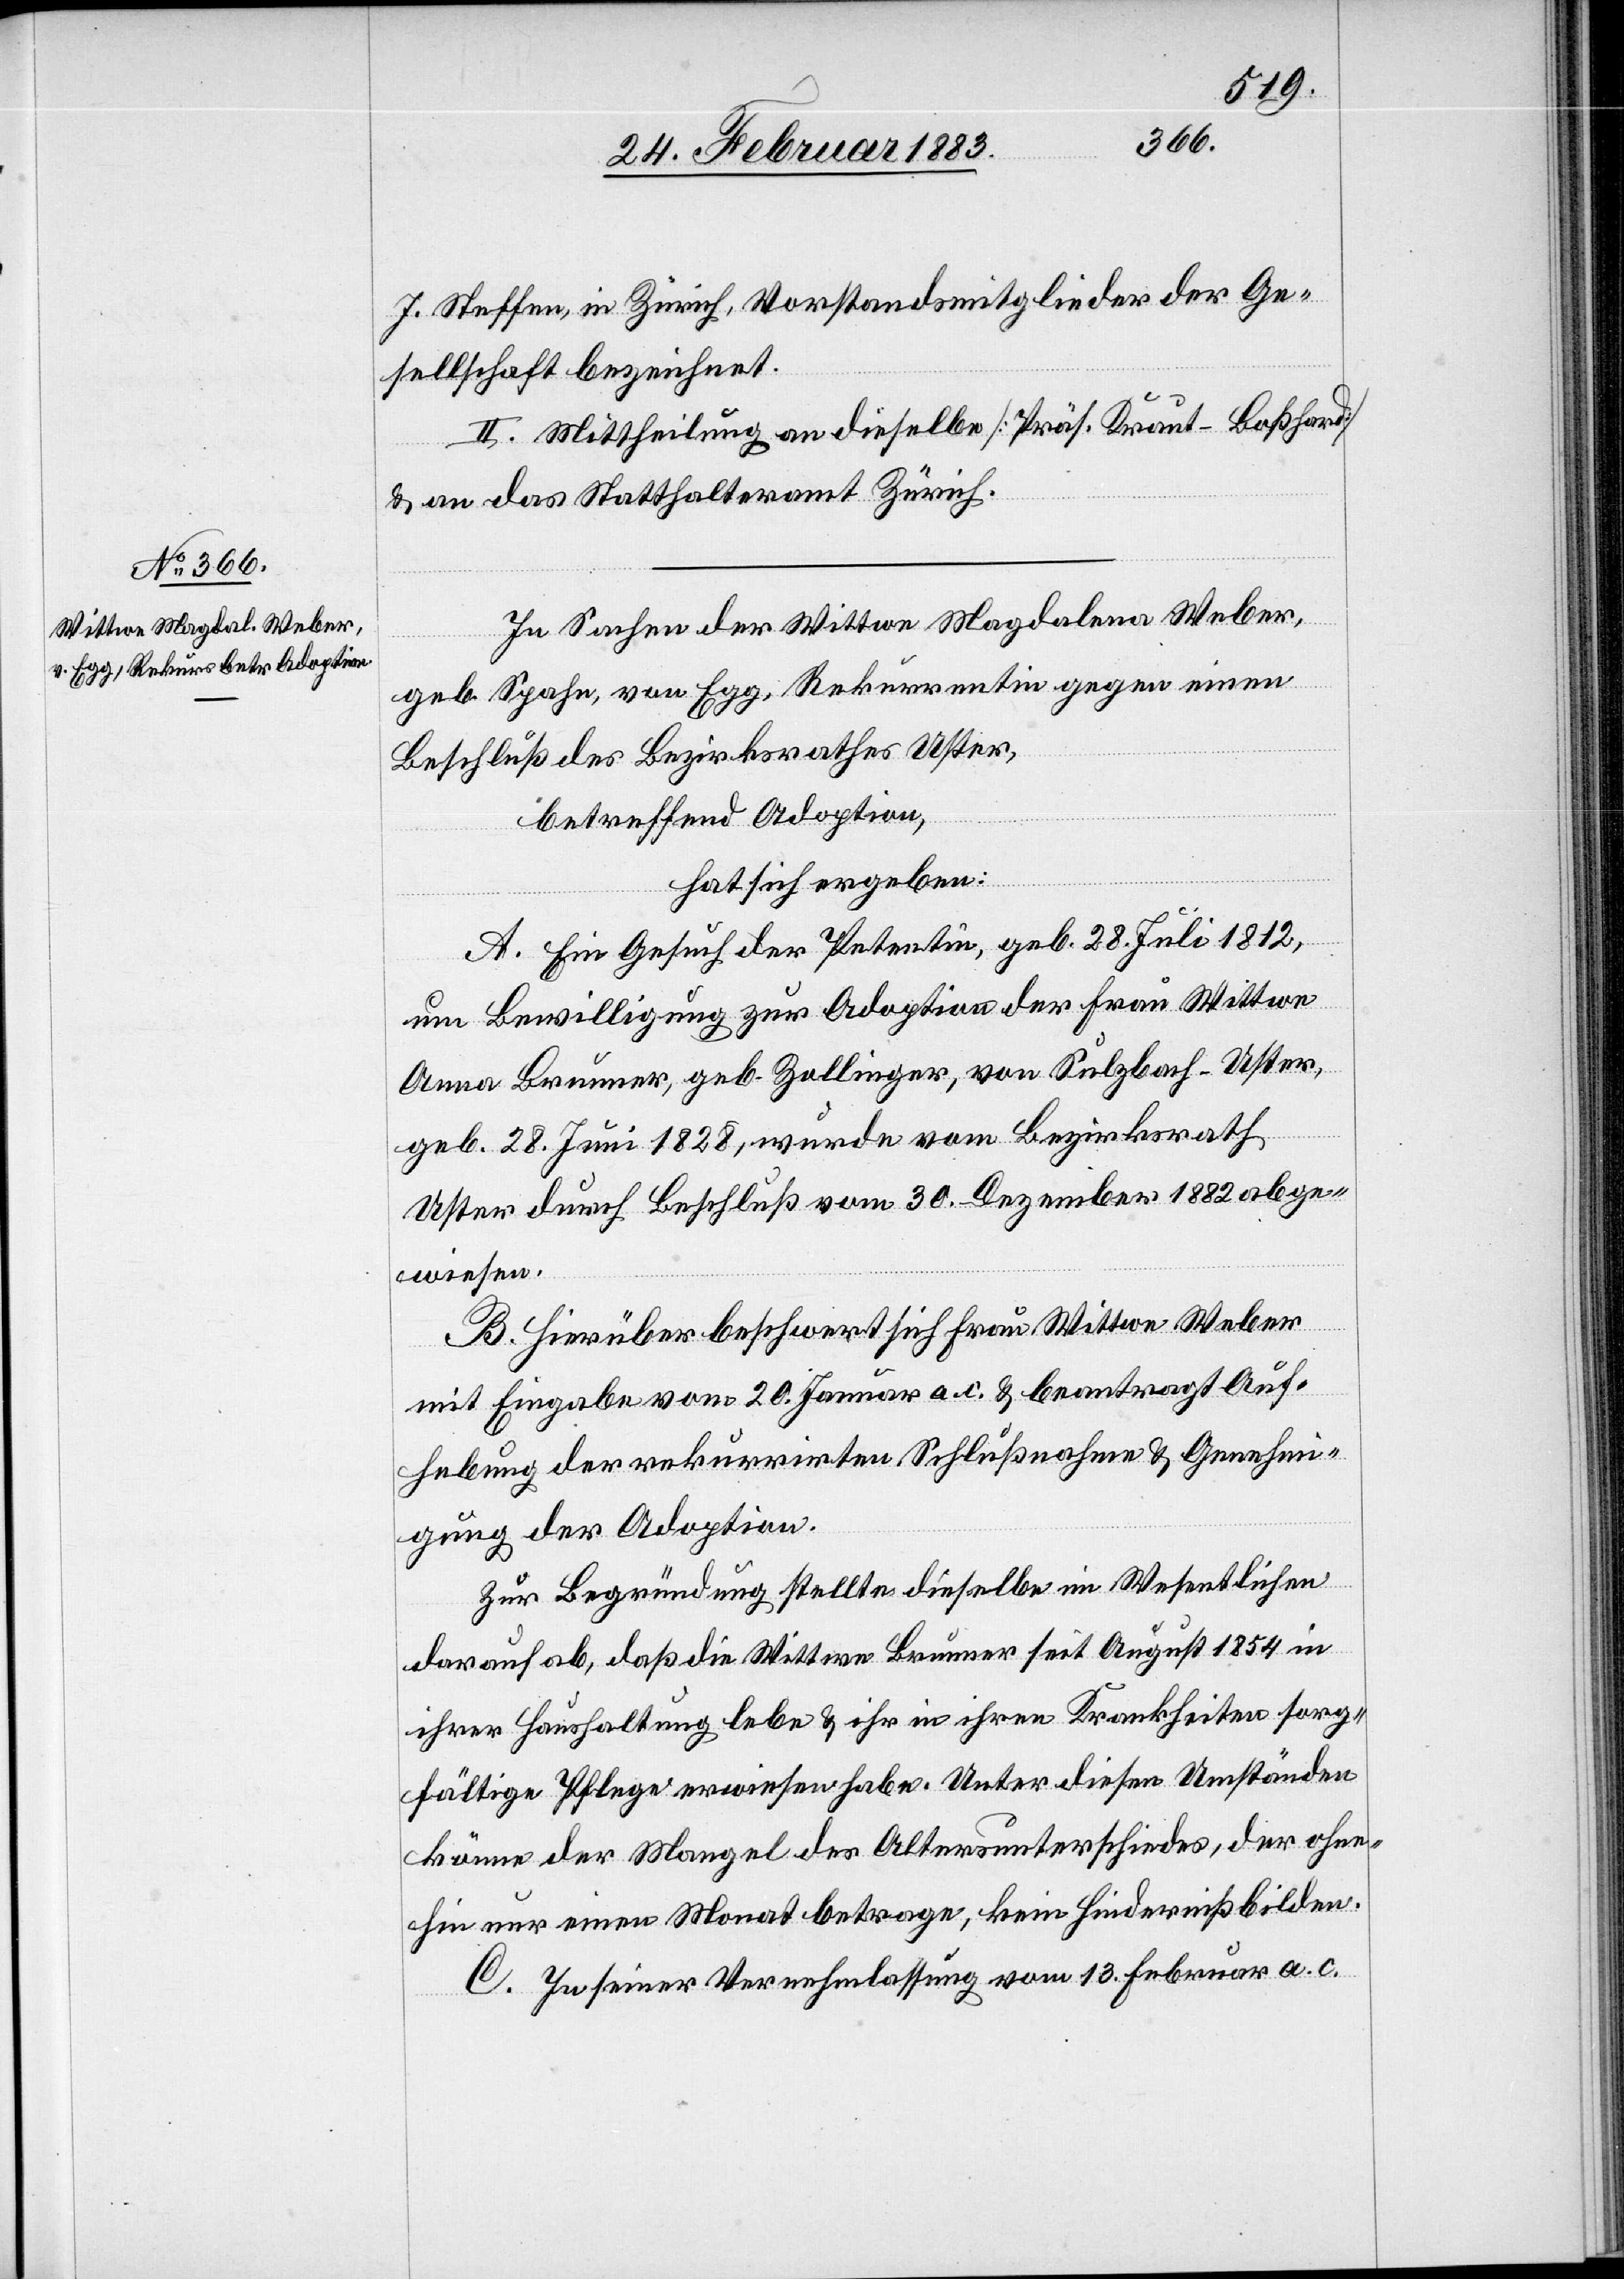
fen,
Ge¬
sellschaft bezeichnet.
II. Mittheilung an dieselbe [Präs. Kraut-Boßhard]
& an das Statthalteramt Zürich.
In Sachen der Wittwe Magdalena Weber,
geb. Spahn, von Egg, Rekurrentin gegen einen
Beschluß des Bezirksrathes Uster,
betreffend Adoption,
hat sich ergeben:
A. Ein Gesuch der Petentin, geb. 28. Juli 1812,
um Bewilligung zur Adoption der Frau Wittwe
Anna Brunner, geb. Zollinger, von Sulzbach - Uster,
geb. 28. Juni 1828, wurde vom Bezirksrath
Uster durch Beschluß vom 30. Dezember 1882 abge¬
wiesen.
der
B. Hierüber beschwert sich Frau Wittwe Weber
mit Eingabe vom 20. Januar a. c. & beantragt Auf¬
hebung der rekurrirten Schlußnahme & Genehmi¬
gung der Adoption.
Zur Begründung stellte dieselbe im Wesentlichen
darauf ab, daß die Wittwe Brunner seit August 1854 in
ihrer Haushaltung lebe & ihr in ihren Krankheiten sorg¬
fältige Pflege erwiesen habe. Unter diesen Umständen
könne der Mangel des Altersunterschiedes, der ohne¬
hin nur einen Monat betrage, kein Hinderniß bilden.
C. In seiner Vernehmlassung vom 13. Februar a. c.